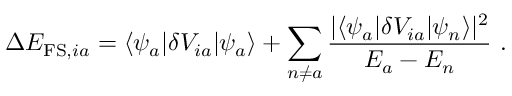
\Delta E _ { \mathrm { F S } , i a } = \langle \psi _ { a } | \delta V _ { i a } | \psi _ { a } \rangle + \sum _ { n \neq a } \frac { | \langle \psi _ { a } | \delta V _ { i a } | \psi _ { n } \rangle | ^ { 2 } } { E _ { a } - E _ { n } } \ .